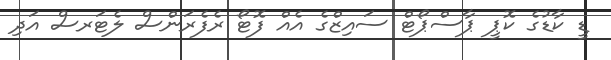
ޑީ ކާޑުގެ ކޮޕީ ޕާސްޕޯޓް ސައިޒްގެ އެއް ފޮޓޯ ރެފެރަންސް ލެޓަރސް އަދި